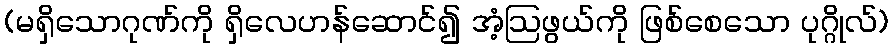
(မရှိသောဂုဏ်ကို ရှိလေဟန်ဆောင်၍ အံ့ဩဖွယ်ကို ဖြစ်စေသော ပုဂ္ဂိုလ်)